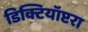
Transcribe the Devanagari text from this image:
डिक्टियॉप्टरा